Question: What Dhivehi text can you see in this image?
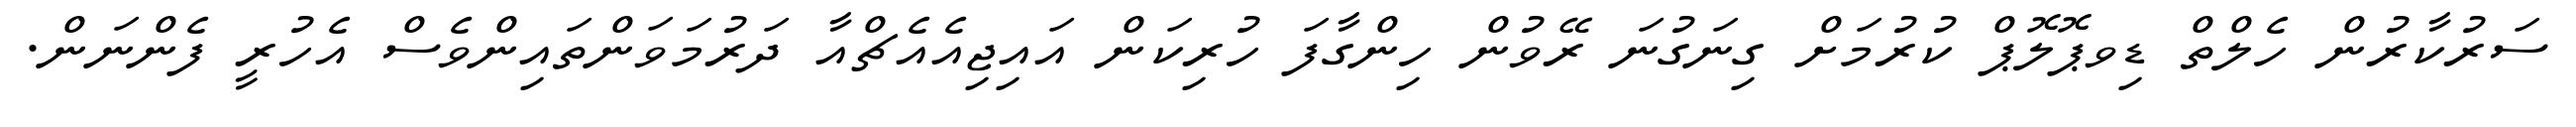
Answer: ސަރުކާރުން ހެލްތް ޑިވޕޮލޮޕް ކުރުމަށް ގިނަގުނަ ރޭވުން ހިންގާފަ ހުރިކަން އައިޖިއެއެޗްއާ ދަރުމަވަންތައިންވެސް އެހުރީ ފެންނަން.